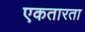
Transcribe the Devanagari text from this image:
एकतारता